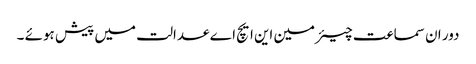
دور ان سماعت چیئرمین این ایچ اے عدالت میں پیش ہوئے ۔